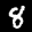
Label: 8